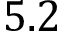
5 . 2